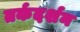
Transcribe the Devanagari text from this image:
तर्कदर्शन